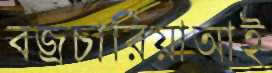
বজ্রচারিয়াআই